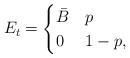
\begin{align*}E_t=\begin{cases}\bar{B}&p\\0&1-p,\end{cases}\end{align*}